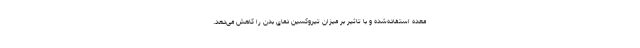
معده استفاده‌شده و با تاثیر بر میزان تیروکسین دمای بدن را کاهش می‌دهد.